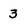
Character: 3